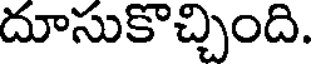
దూసుకొచ్చింది.